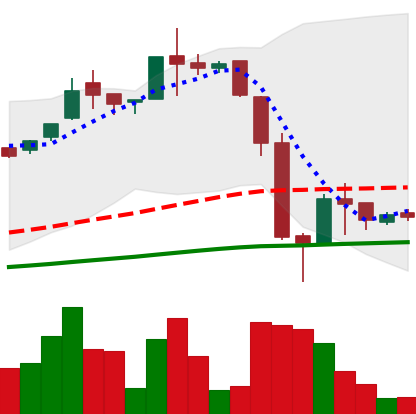
Ticker: LTC-USD
Chart end date: 2016-06-28
Forward return: 3.722%
Label: up_3_5